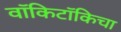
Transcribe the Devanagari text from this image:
वॉकिटॉकिचा